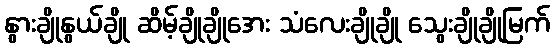
နွားချိုနွယ်ချို ဆိမ့်ချိုချိုအေး သံလေးချိုချို သွေးချိုချိုမြက်